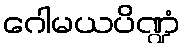
ဂေါမယပိဏ္ဍံ